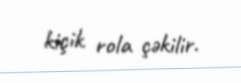
kiçik rola çəkilir.